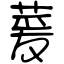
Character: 萲